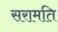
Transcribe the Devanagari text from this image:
सरामति